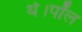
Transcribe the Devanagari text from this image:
थे।पॉल